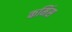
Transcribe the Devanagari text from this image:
कमिंस